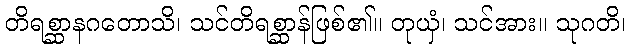
တိရစ္ဆာနဂတောသိ၊ သင်တိရစ္ဆာန်ဖြစ်၏။ တုယှံ၊ သင်အား။ သုဂတိ၊